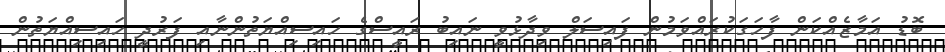
ބޮޑު އަމާޒެއްކަން ފާހަގަކުރައްވަމުން ފައިސަލް ވިދާޅުވީ ނައިބު ރައީސްގެ ހައިސިއްޔަތުންނާއި ފަރުދީ ހައިސިއްޔަތުން